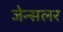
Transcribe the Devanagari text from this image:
जेन्सलर